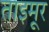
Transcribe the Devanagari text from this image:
ताइमूर